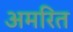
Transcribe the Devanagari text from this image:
अमरित